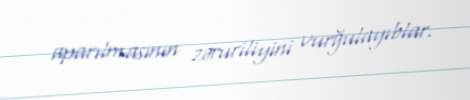
aparılmasının zəruriliyini vurğulayıblar.